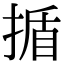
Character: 揗